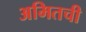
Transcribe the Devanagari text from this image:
अमितची